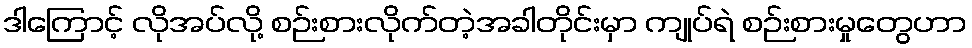
ဒါကြောင့် လိုအပ်လို့ စဉ်းစားလိုက်တဲ့အခါတိုင်းမှာ ကျုပ်ရဲ စဉ်းစားမှုတွေဟာ